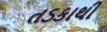
તડકાથી